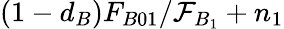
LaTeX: (1-d_{B})F_{B01}/\mathcal{F}_{B_{1}}+n_{1}